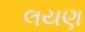
લયણ